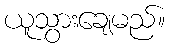
ယူသွားချေမည်။